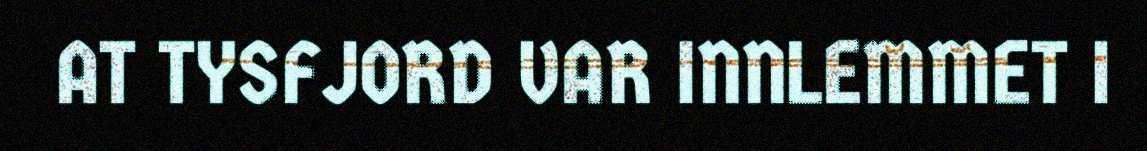
AT TYSFJORD VAR INNLEMMET I